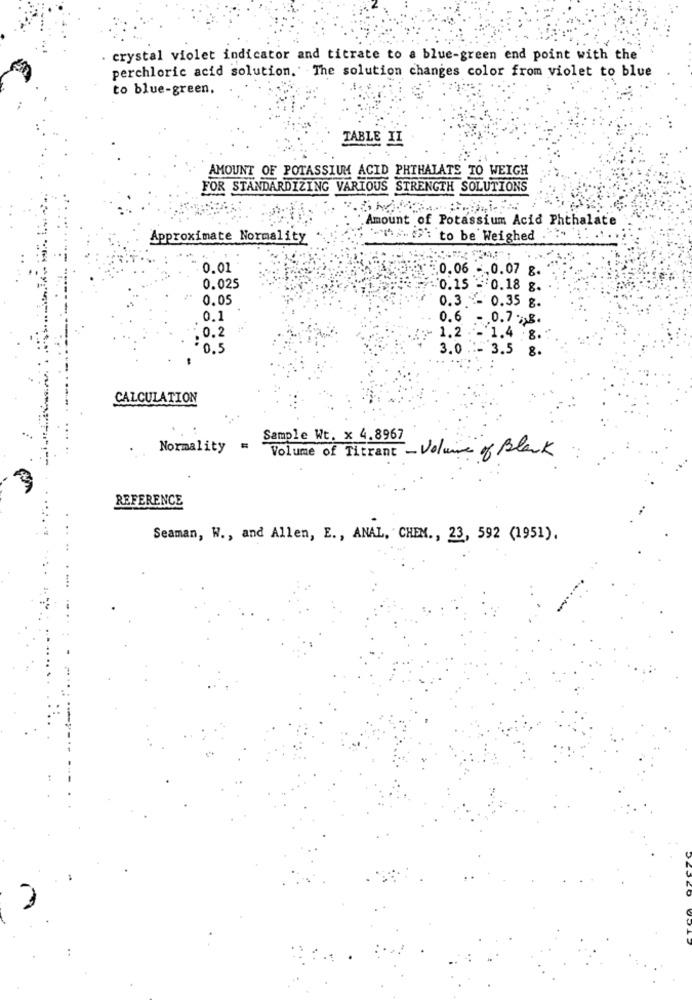
. crystal violet indicator and titrate to a blue-green end point with the
perchloric acid solution. The solution changes color from violet to blue
to blue-green.
TABLE II
AMOUNT OF POTASSIUM ACID PHTHALATS TO WEIGH
FOR STANDARDIZING VARIOUS STRENGTH SOLUTIONS
Amount of Potassium Acid Phthalate
Approximate Normality
-A- to be Weighed
0.01
0.06 - 0.07 g.
0.025
0.15 = 0.18 g.
0.05
0.3 - 0.35 g.
0.1
0.6 - 0.7 8.
0.2
1.2 - 1.4 8.
-0.5
3.0 .- 3.5 g.
CALCULATION
Sample Wt. x 4.8967
Normality
=
Volume of Titrant - Volume of Black
REFERENCE
Seaman, W ., and Allen, E ., ANAL, CHEM ., 23, 592 (1951).